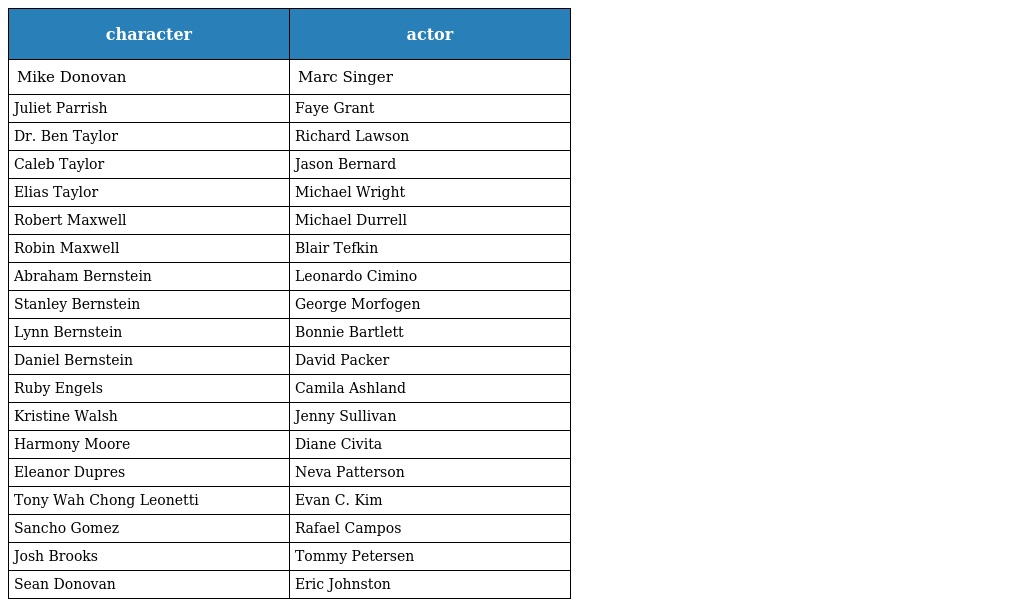
| character | actor |
 | --- | --- |
 | Mike Donovan | Marc Singer |
 | Juliet Parrish | Faye Grant |
 | Dr. Ben Taylor | Richard Lawson |
 | Caleb Taylor | Jason Bernard |
 | Elias Taylor | Michael Wright |
 | Robert Maxwell | Michael Durrell |
 | Robin Maxwell | Blair Tefkin |
 | Abraham Bernstein | Leonardo Cimino |
 | Stanley Bernstein | George Morfogen |
 | Lynn Bernstein | Bonnie Bartlett |
 | Daniel Bernstein | David Packer |
 | Ruby Engels | Camila Ashland |
 | Kristine Walsh | Jenny Sullivan |
 | Harmony Moore | Diane Civita |
 | Eleanor Dupres | Neva Patterson |
 | Tony Wah Chong Leonetti | Evan C. Kim |
 | Sancho Gomez | Rafael Campos |
 | Josh Brooks | Tommy Petersen |
 | Sean Donovan | Eric Johnston |